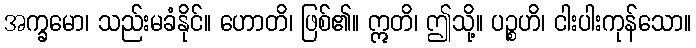
အက္ခမော၊ သည်းမခံနိုင်။ ဟောတိ၊ ဖြစ်၏။ ဣတိ၊ ဤသို့။ ပဉ္စဟိ၊ ငါးပါးကုန်သော။